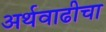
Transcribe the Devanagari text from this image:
अर्थवाढीचा